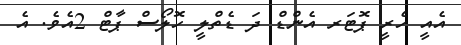
އެއީ ހެރީ ޕޮޓަރ އެންޑް ދަ ޑެތްލީ ހޮލޯސް ޕާޓް 2އެވެ. އެ